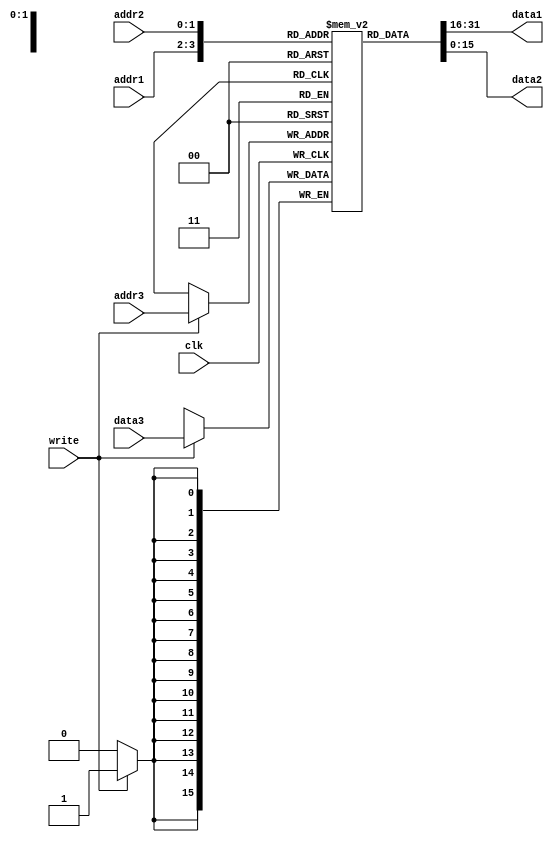
`timescale 1ns / 1ps
`define WORD_SIZE 16
//////////////////////////////////////////////////////////////////////////////////
// Company: 
// Engineer: 
// 
// Design Name: 
// Module Name: Detector
// Project Name: 
// Target Devices: 
// Tool Versions: 
// Description: 
// 
// Dependencies: 
// 
// Revision:
// Revision 0.01 - File Created
// Additional Comments:
// 
//////////////////////////////////////////////////////////////////////////////////
module Register(
    input clk,
    input write,
    input [1:0] addr1,
    input [1:0] addr2,
    input [1:0] addr3,
    input [`WORD_SIZE-1:0] data3,
    output wire [`WORD_SIZE-1:0] data1,
    output wire [`WORD_SIZE-1:0] data2
    );
reg [`WORD_SIZE-1:0] register [3:0]; 

// setting output
always @(negedge clk) begin
    if(write == 1) register[addr3] = data3;  
end
assign data1 = register[addr1];
assign data2 = register[addr2];
  
endmodule